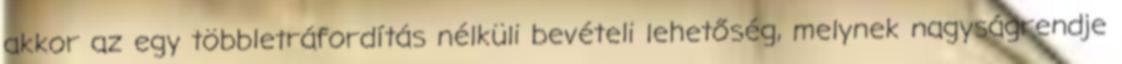
akkor az egy többletráfordítás nélküli bevételi lehetőség, melynek nagyságrendje